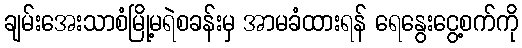
ချမ်းအေးသာစံမြို့မရဲစခန်းမှ အာမခံထားရန် ရေနွေးငွေ့စက်ကို